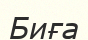
Биға